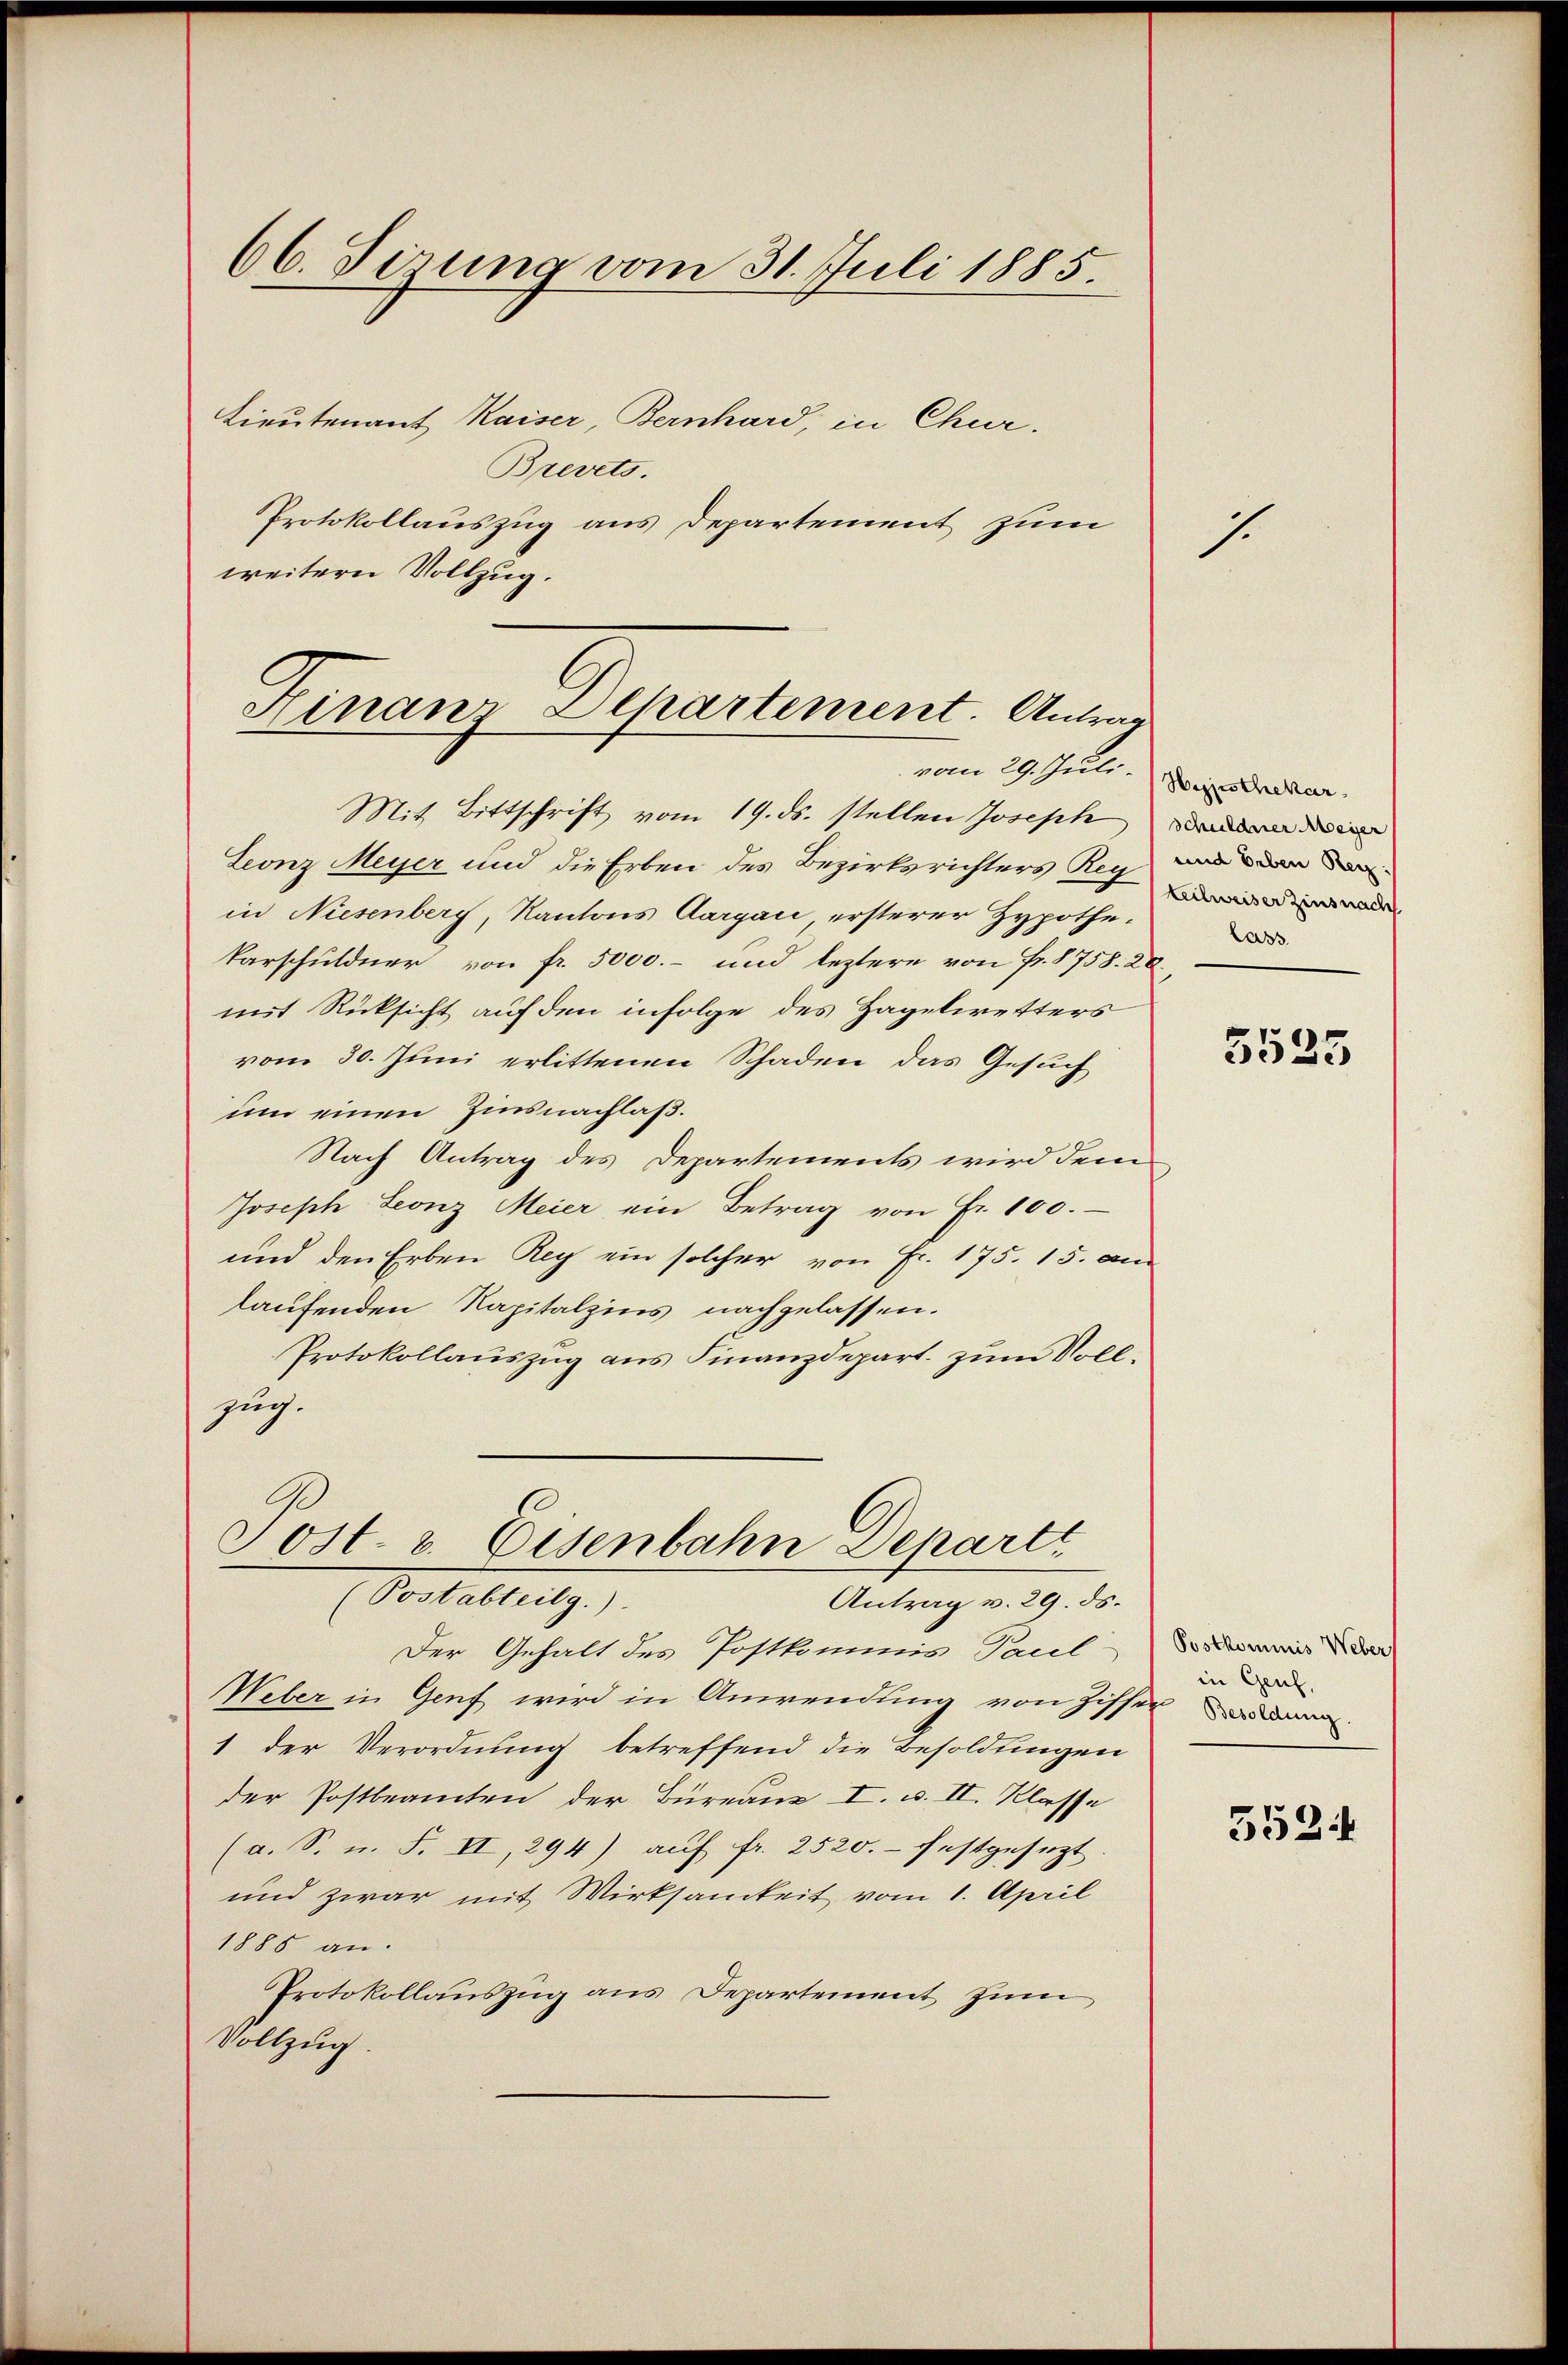
66. Sirung vom 31. Juli 1885.

Lieutenant Kaiser, Bernhard, in Chur.
Brevets.
Protokollauszug aus Departement zum
weitern Vollzug.

Finanz-Departement. Antrag
vom 29. Juli.

Mit Bittschrift vom 19. ds. stellen Joseph
Leonz Meyer und die Erben des Bezirksrichters Reg
in Niesenberg, Kantons Aargau ersterer Hypothekarschuldner von fr. 5000.- und leztere von Fr. 8758. 20.
mit Rücksicht auf den infolge des Hagelwetters
vom 30. Juni erlittenen Schaden das Gesuch
um einen Zinsnachlaß.
Nach Antrag des Departements wird dem
Joseph Leonz Meier ein Betrag von Fr. 100.
und den Erben Rey ein solcher von Fr. 175. 15. an
laufenden Kapitalzins nachgelassen.
Protokollauszug aus Finanzdepart. zum Vollzug.
Sost- & Eisenbahn Departi
(Postabteilg.)
Antrag v. 29. ds.
Der Gehalt des Postkommis Paul
Weber in Genf wird in Anwendung von Ziffer w
1 der Verordnung betreffend die Besoldungen
der Postbeamten der Büreaue I. u. II. Klasse
(a. S. u. F. II, 294) aŭf fr. 2520.- festgesezt
und zwar mit Wirksamkeit vom 1. April
1885 an.
Protokollauszug aus Departement zum
Vollzug.

7.

Hiesthekar
schuldner Meyer
und Erben Reg
teilweiser Zinsnach
lass

5535

Postkommnis Weber
in Genf,

5524